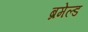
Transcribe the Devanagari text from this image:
ब्रमेल्ड